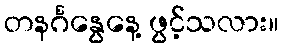
တနင်္ဂနွေနေ့ ဖွင့်သလား။